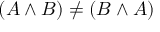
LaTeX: ( A \land B ) \neq ( B \land A )